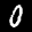
Digit: 0